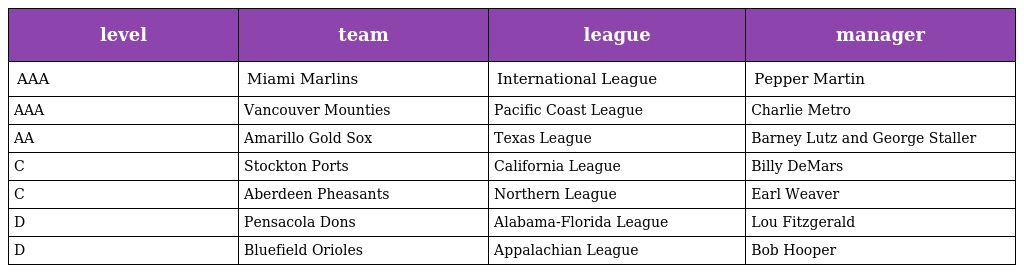
| level | team | league | manager |
 | --- | --- | --- | --- |
 | AAA | Miami Marlins | International League | Pepper Martin |
 | AAA | Vancouver Mounties | Pacific Coast League | Charlie Metro |
 | AA | Amarillo Gold Sox | Texas League | Barney Lutz and George Staller |
 | C | Stockton Ports | California League | Billy DeMars |
 | C | Aberdeen Pheasants | Northern League | Earl Weaver |
 | D | Pensacola Dons | Alabama-Florida League | Lou Fitzgerald |
 | D | Bluefield Orioles | Appalachian League | Bob Hooper |